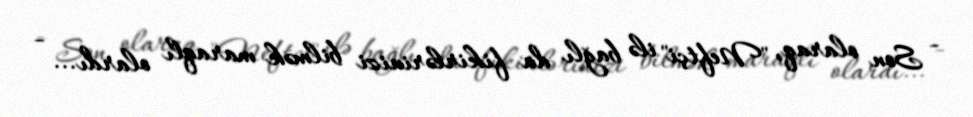
- Son olaraq, "Neftçi" ilə bağlı da fikirlərinizi bilmək maraqlı olardı... -